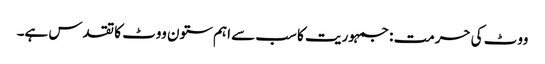
ووٹ کی حرمت : جمہوریت کا سب سے اہم ستون ووٹ کا تقدس ہے۔